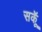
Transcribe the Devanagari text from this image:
सकॅू